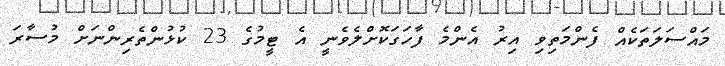
މައްސަލަތަކެއް ފެންމަތިވި އިރު އެންމެ ފާހަގަކޮށްލެވެނީ އެ ޓީމުގެ 23 ކުޅުންތެރިންނަށް މުސާރަ